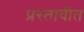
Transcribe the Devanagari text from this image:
प्रस्तावीत